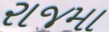
રાજમા